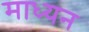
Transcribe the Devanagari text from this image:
माध्यन